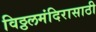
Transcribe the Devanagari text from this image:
विठ्ठलमंदिरासाठी